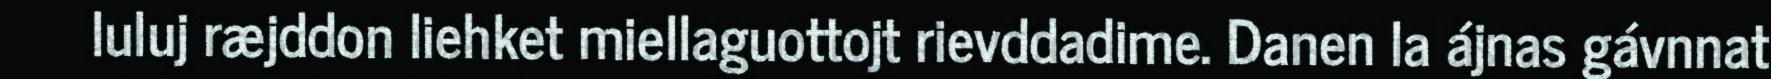
luluj ræjddon liehket miellaguottojt rievddadime. Danen la ájnas gávnnat